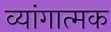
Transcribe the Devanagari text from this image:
व्यांगात्मक